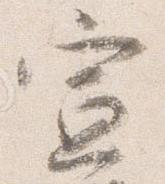
宜